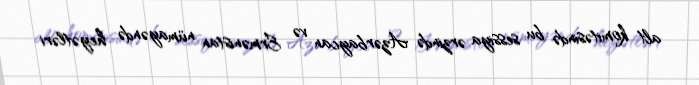
alt komitəsində bu sessiya ərzində Azərbaycan və Ermənistan nümayəndə heyətləri